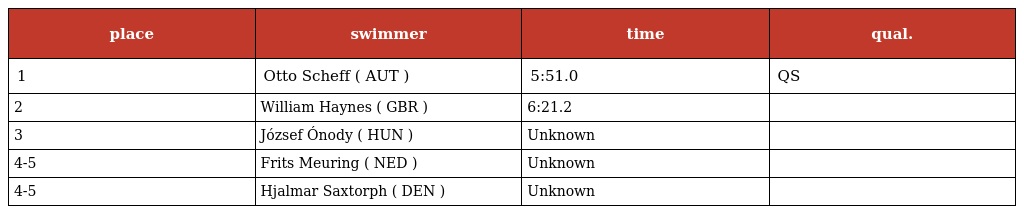
| place | swimmer | time | qual. |
 | --- | --- | --- | --- |
 | 1 | Otto Scheff ( AUT ) | 5:51.0 | QS |
 | 2 | William Haynes ( GBR ) | 6:21.2 |  |
 | 3 | József Ónody ( HUN ) | Unknown |  |
 | 4-5 | Frits Meuring ( NED ) | Unknown |  |
 | 4-5 | Hjalmar Saxtorph ( DEN ) | Unknown |  |